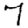
Digit: 7